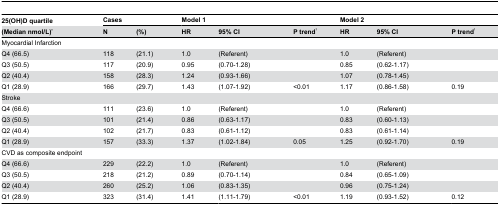
| 25(OH)D quartile | <COLSPAN=2> Cases | <COLSPAN=3> Model 1 | <COLSPAN=3> Model 2 |
 | (Median nmol/L)* | N | (%) | HR | 95% CI | P trend† | HR | 95% CI | P trend† |
 | --- | --- | --- | --- | --- | --- | --- | --- | --- |
 | <COLSPAN=9> Myocardial Infarction |
 | Q4 (66.5) | 118 | (21.1) | 1.0 | (Referent) |  | 1.0 | (Referent) |  |
 | Q3 (50.5) | 117 | (20.9) | 0.95 | (0.70-1.28) |  | 0.85 | (0.62-1.17) |  |
 | Q2 (40.4) | 158 | (28.3) | 1.24 | (0.93-1.66) |  | 1.07 | (0.78-1.45) |  |
 | Q1 (28.9) | 166 | (29.7) | 1.43 | (1.07-1.92) | <0.01 | 1.17 | (0.86-1.58) | 0.19 |
 | <COLSPAN=9> Stroke |
 | Q4 (66.6) | 111 | (23.6) | 1.0 | (Referent) |  | 1.0 | (Referent) |  |
 | Q3 (50.5) | 101 | (21.4) | 0.86 | (0.63-1.17) |  | 0.83 | (0.60-1.13) |  |
 | Q2 (40.4) | 102 | (21.7) | 0.83 | (0.61-1.12) |  | 0.83 | (0.61-1.14) |  |
 | Q1 (28.9) | 157 | (33.3) | 1.37 | (1.02-1.84) | 0.05 | 1.25 | (0.92-1.70) | 0.19 |
 | <COLSPAN=9> CVD as composite endpoint |
 | Q4 (66.6) | 229 | (22.2) | 1.0 | (Referent) |  | 1.0 | (Referent) |  |
 | Q3 (50.5) | 218 | (21.2) | 0.89 | (0.70-1.14) |  | 0.84 | (0.65-1.09) |  |
 | Q2 (40.4) | 260 | (25.2) | 1.06 | (0.83-1.35) |  | 0.96 | (0.75-1.24) |  |
 | Q1 (28.9) | 323 | (31.4) | 1.41 | (1.11-1.79) | <0.01 | 1.19 | (0.93-1.52) | 0.12 |